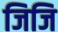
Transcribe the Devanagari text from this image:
जिजि